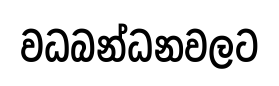
වධබන්ධනවලට